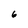
Character: 6